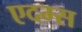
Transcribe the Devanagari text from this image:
एदम्स